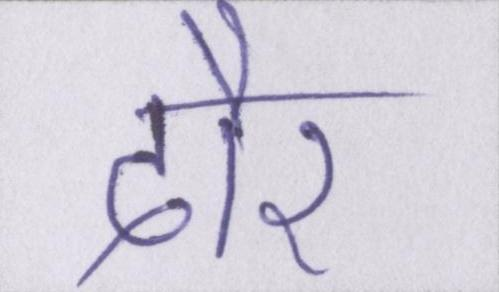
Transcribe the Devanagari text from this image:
दौर